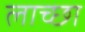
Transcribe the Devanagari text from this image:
लाच्छा